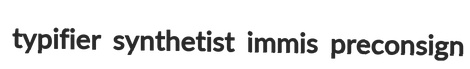
typifier synthetist immis preconsign